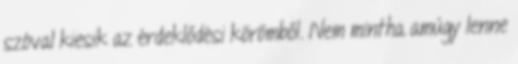
szóval kiesik az érdeklődési körömből. Nem mintha amúgy lenne